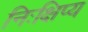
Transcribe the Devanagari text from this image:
निःक्षिप्य